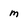
Character: m